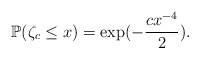
\begin{align*} \mathbb{P}(\zeta_c \leq x)=\exp(-\frac{cx^{-4}}{2}).\end{align*}